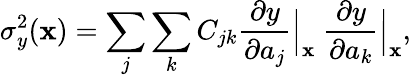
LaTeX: \sigma_{y}^{2}(\mathbf{x})=\sum_{j}\sum_{k}C_{jk}\frac{\partial y}{\partial a_{j}}\Big|_{\mathbf{x}}\ \frac{\partial y}{\partial a_{k}}\Big|_{\mathbf{x}},